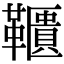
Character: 𩍨